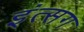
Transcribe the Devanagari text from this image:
इंत्सग